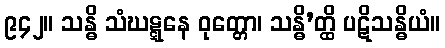
၉၄၂။ သန္ဓိ သံဃဋ္ဋနေ ဝုတ္တော၊ သန္ဓိ’တ္ထိ ပဋိသန္ဓိယံ။